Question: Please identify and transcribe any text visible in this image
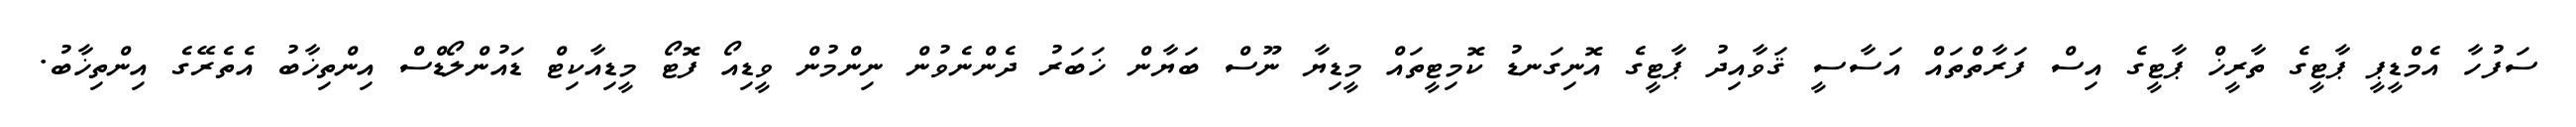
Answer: ސަފުހާ އެމްޑީޕީ ޕާޓީގެ ތާރީޚް ޕާޓީގެ އިސް ފަރާތްތައް އަސާސީ ޤަވާއިދު ޕާޓީގެ އޮނިގަނޑު ކޮމިޓީތައް މީޑިޔާ ނޫސް ބަޔާން ޚަބަރު ދެންނެވުން ނިންމުން ވީޑިއޯ ފޮޓޯ މީޑިއާކިޓް ޑައުންލޯޑްސް އިންތިޚާބު އެތެރޭގެ އިންތިޚާބު.